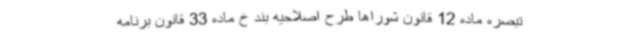
تبصره ماده 12 قانون شوراها طرح اصلاحیه بند خ ماده 33 قانون برنامه